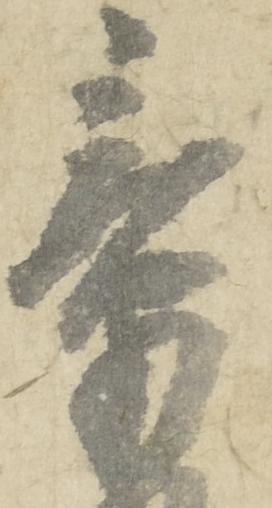
章